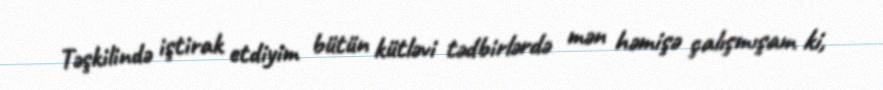
Təşkilində iştirak etdiyim bütün kütləvi tədbirlərdə mən həmişə çalışmışam ki,